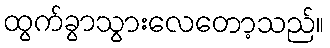
ထွက်ခွာသွားလေတော့သည်။